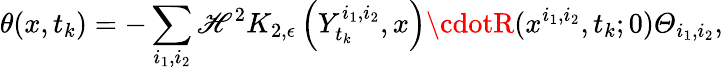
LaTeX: \theta(x,t_{k})=-\sum_{i_{1},i_{2}}\mathscr{H}^{2}K_{2,\epsilon}\left(Y_{t_{k}}^{i_{1},i_{2}},x\right)\cdotR(x^{i_{1},i_{2}},t_{k};0)\varTheta_{i_{1},i_{2}},